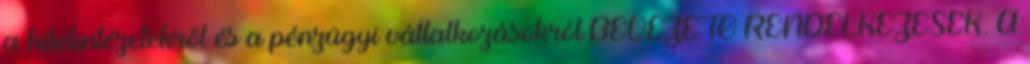
a hitelintézetekről és a pénzügyi vállalkozásokról BEVEZETŐ RENDELKEZÉSEK. A